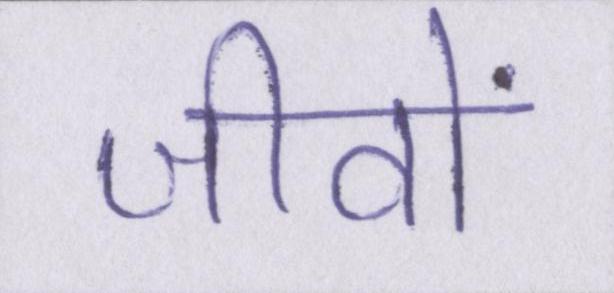
जीवों